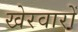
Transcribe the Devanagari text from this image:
खेरवारों